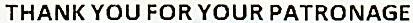
THANK YOU FOR YOUR PATRONAGE